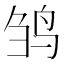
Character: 𬸅